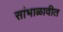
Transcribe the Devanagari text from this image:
सांभाळावीत